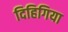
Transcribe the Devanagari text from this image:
दिहिगिया